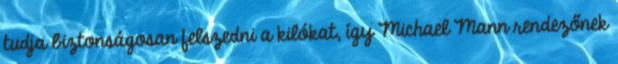
tudja biztonságosan felszedni a kilókat, így Michael Mann rendezőnek